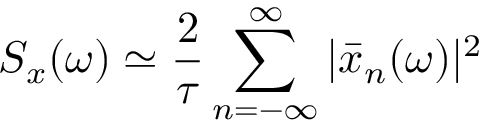
S _ { x } ( \omega ) \simeq \frac { 2 } { \tau } \sum _ { n = - \infty } ^ { \infty } | \bar { x } _ { n } ( \omega ) | ^ { 2 }